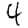
Digit: 4